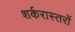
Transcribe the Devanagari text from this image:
शर्करास्तरों